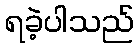
ရခဲ့ပါသည်